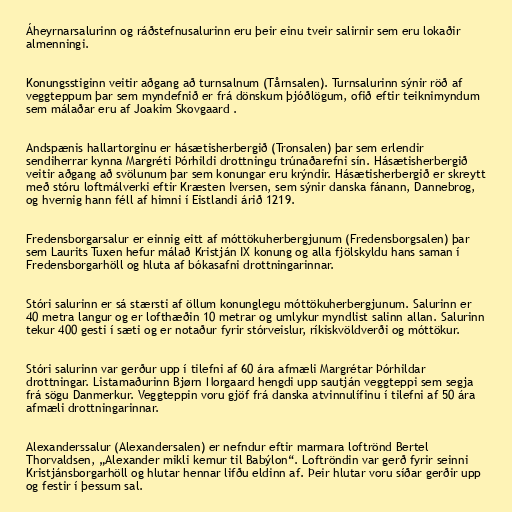
Áheyrnarsalurinn og ráðstefnusalurinn eru þeir einu tveir salirnir sem eru lokaðir
almenningi.

Konungsstiginn veitir aðgang að turnsalnum (Tårnsalen). Turnsalurinn sýnir röð af
veggteppum þar sem myndefnið er frá dönskum þjóðlögum, ofið eftir teiknimyndum
sem málaðar eru af Joakim Skovgaard .

Andspænis hallartorginu er hásætisherbergið (Tronsalen) þar sem erlendir
sendiherrar kynna Margréti Þórhildi drottningu trúnaðarefni sín. Hásætisherbergið
veitir aðgang að svölunum þar sem konungar eru krýndir. Hásætisherbergið er skreytt
með stóru loftmálverki eftir Kræsten Iversen, sem sýnir danska fánann, Dannebrog,
og hvernig hann féll af himni í Eistlandi árið 1219.

Fredensborgarsalur er einnig eitt af móttökuherbergjunum (Fredensborgsalen) þar
sem Laurits Tuxen hefur málað Kristján IX konung og alla fjölskyldu hans saman í
Fredensborgarhöll og hluta af bókasafni drottningarinnar.

Stóri salurinn er sá stærsti af öllum konunglegu móttökuherbergjunum. Salurinn er
40 metra langur og er lofthæðin 10 metrar og umlykur myndlist salinn allan. Salurinn
tekur 400 gesti í sæti og er notaður fyrir stórveislur, ríkiskvöldverði og móttökur.

Stóri salurinn var gerður upp í tilefni af 60 ára afmæli Margrétar Þórhildar
drottningar. Listamaðurinn Bjørn Norgaard hengdi upp sautján veggteppi sem segja
frá sögu Danmerkur. Veggteppin voru gjöf frá danska atvinnulífinu í tilefni af 50 ára
afmæli drottningarinnar.

Alexanderssalur (Alexandersalen) er nefndur eftir marmara loftrönd Bertel
Thorvaldsen, „Alexander mikli kemur til Babýlon“. Loftröndin var gerð fyrir seinni
Kristjánsborgarhöll og hlutar hennar lifðu eldinn af. Þeir hlutar voru síðar gerðir upp
og festir í þessum sal.